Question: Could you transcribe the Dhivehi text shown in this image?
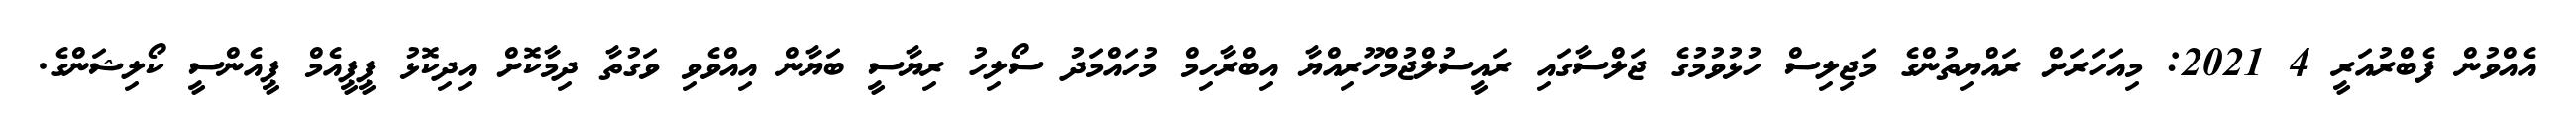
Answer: އެއްވުން ފެބްރުއަރީ 4 2021: މިއަހަރަށް ރައްޔިތުންގެ މަޖިލިސް ހުޅުވުމުގެ ޖަލްސާގައި ރައީސުލްޖުމްހޫރިއްޔާ އިބްރާހިމް މުހައްމަދު ސޯލިހު ރިޔާސީ ބަޔާން އިއްވެވި ވަގުތާ ދިމާކޮށް އިދިކޮޅު ޕީޕީއެމް ޕީއެންސީ ކޯލިޝަންގެ.